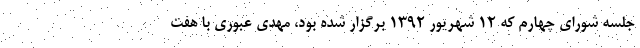
جلسه شورای چهارم که ۱۲ شهریور ۱۳۹۲ برگزار شده بود، مهدی عبوری با هفت